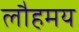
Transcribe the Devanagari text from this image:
लौहमय